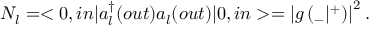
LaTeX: N _ { l } = < 0 , i n | a _ { l } ^ { \dagger } ( o u t ) a _ { l } ( o u t ) | 0 , i n > = \left| g \left( { } _ { - } | { } ^ { + } \right) \right| ^ { 2 } .